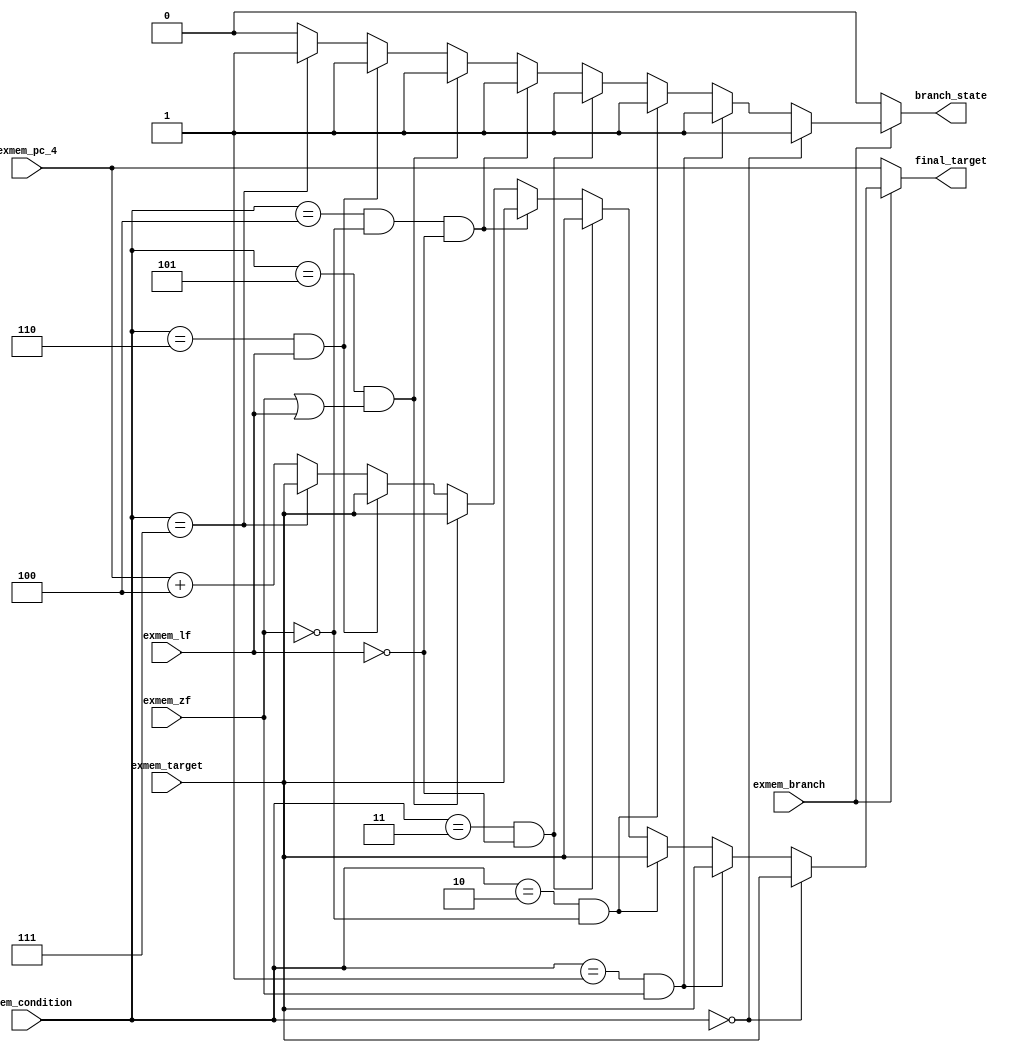
`timescale 1ns / 1ps
//////////////////////////////////////////////////////////////////////////////////
// Company: 
// Engineer: 
// 
// Design Name: 
// Module Name: final_target
// Project Name: 
// Target Devices: 
// Tool Versions: 
// Description: 
// 
// Dependencies: 
// 
// Revision:
// Revision 0.01 - File Created
// Additional Comments:
// 
//////////////////////////////////////////////////////////////////////////////////

module final_target(
	input exmem_branch,
	input [2:0] exmem_condition,
	input [31:0] exmem_target,
	input [31:0] exmem_pc_4,
	input exmem_lf,
	input exmem_zf,
	output reg [31:0] final_target,
	output reg branch_state
);

	always@(*)
	begin
		if(exmem_branch == 1'b0)
		begin
			final_target = exmem_pc_4;
			branch_state = 1'b0;
	    end
		else if(exmem_condition == 3'b000)
		begin
			final_target = exmem_target;
			branch_state = 1'b1;
	    end
		else if((exmem_condition == 3'b001) && (exmem_zf == 1'b1))
		begin
			final_target = exmem_target;
			branch_state = 1'b1;
		end
		else if((exmem_condition == 3'b010) && (exmem_zf == 1'b0))
		begin
			final_target = exmem_target;
			branch_state = 1'b1;
		end
		else if((exmem_condition == 3'b011) && (exmem_lf == 1'b0))
		begin
			final_target = exmem_target;
			branch_state = 1'b1;
		end
		else if((exmem_condition == 3'b100) && (exmem_zf == 1'b0) && (exmem_lf == 1'b0))
		begin
			final_target = exmem_target;
			branch_state = 1'b1;
		end
		else if((exmem_condition == 3'b101) && ((exmem_zf == 1'b1) || (exmem_lf == 1'b1)))
		begin
			final_target = exmem_target;
			branch_state = 1'b1;
		end
		else if((exmem_condition == 3'b110) && (exmem_lf == 1'b1))
		begin
			final_target = exmem_target;
			branch_state = 1'b1;
		end
		else if(exmem_condition == 3'b111)
		begin
			final_target = exmem_target;
			branch_state = 1'b1;
		end
		else
		begin
			final_target = exmem_pc_4 + 4;
			branch_state = 1'b0;
		end
	end
	
endmodule